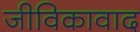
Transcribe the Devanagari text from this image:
जीविकावाद